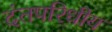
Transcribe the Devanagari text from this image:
दंतपरिधीय